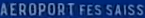
AEROPORT FES SAISS